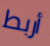
أربط